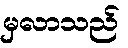
မှလာသည်